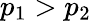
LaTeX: p_{1}>p_{2}